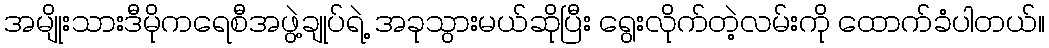
အမျိုးသားဒီမိုကရေစီအဖွဲ့ချုပ်ရဲ့ အခုသွားမယ်ဆိုပြီး ရွေးလိုက်တဲ့လမ်းကို ထောက်ခံပါတယ်။